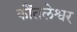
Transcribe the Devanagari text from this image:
कौंतलेश्वर